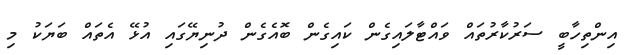
އިންތިހާބީ ސަރުކާރުތައް ވައްޓާލައިގެން ކައިގެން ބޮއެގެން ދުނިޔޭގައި އުޅޭ އެތައް ބަޔަކު މި